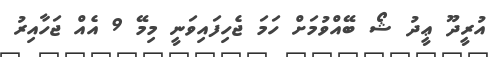
އުރީދޫ ޢީދު ޝޯ ބޭއްވުމަށް ހަމަ ޖެހިފައިވަނީ މިމޭ 9 އެއް ޖަހާއިރު